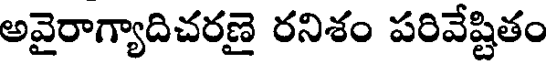
అవైరాగ్యాదిచరణై రనిశం పరివేష్టితం